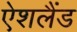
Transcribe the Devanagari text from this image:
ऐशलैंड